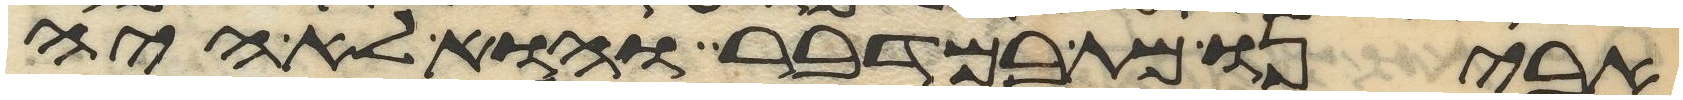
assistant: אבינו מת במדבר והוא לא היה